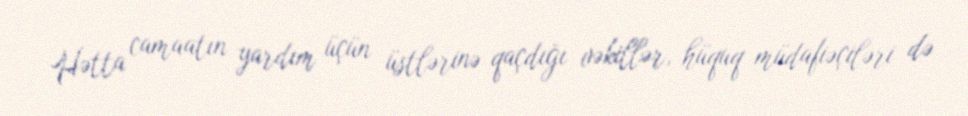
Hətta camaatın yardım üçün üstlərinə qaçdığı vəkillər, hüquq müdafiəçiləri də